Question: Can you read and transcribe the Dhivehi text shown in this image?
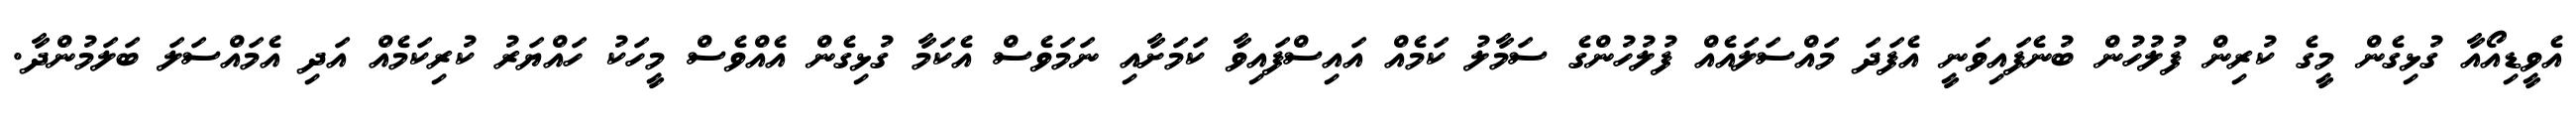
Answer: އެވީޑިއޯއާ ގުޅިގެން މީގެ ކުރިން ފުލުހުން ބުނެފައިވަނީ އެފަދަ މައްސަލައެއް ފުލުހުންގެ ސަމާލު ކަމެއް އައިސްފައިވާ ކަމަށާއި ނަމަވެސް އެކަމާ ގުޅިގެން އެއްވެސް މީހަކު ހައްޔަރު ކުރިކަމެއް އަދި އެމައްސަލަ ބަލަމުންދާ.